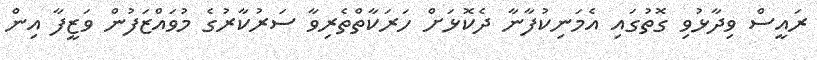
ރައީސް ވިދާޅުވި ގޮތުގައި އެމަނިކުފާނާ ދެކޮޅަށް ހަރަކާތްތެރިވާ ސަރުކާރުގެ މުވައްޒަފުން ވަޒީފާ އިން